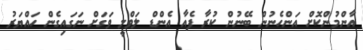
އާންމުންކޮށް އަންހެނުން ބޭނުން ކުރާ ފެއާ އެންޑް ލަވްލީ ވަގަށް ނަގައިގެން ހައްޔަރު